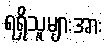
ရရှိသူများအား